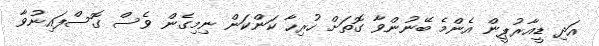
އަދި ޑީއާރުޕީން އެންމެ ބޭނުންވާ ގޮތަށް ހުރިހާ ކަންކަން ނިމިގެން ވެސް ގޮސްފައިނުވާ